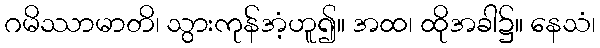
ဂမိဿာမာတိ၊ သွားကုန်အံ့ဟူ၍။ အထ၊ ထိုအခါ၌။ နေသံ၊